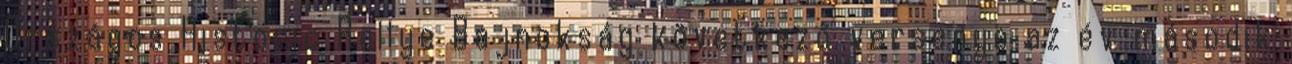
Országos Historic Rallye Bajnokság következő versenye az év második